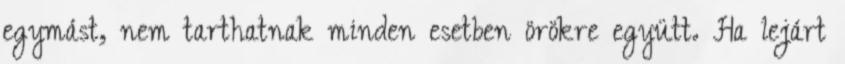
egymást, nem tarthatnak minden esetben örökre együtt. Ha lejárt